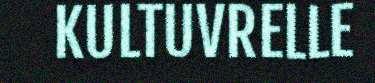
KULTUVRELLE